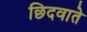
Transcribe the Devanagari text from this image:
छिदवाते